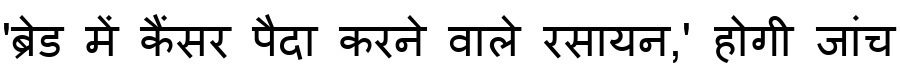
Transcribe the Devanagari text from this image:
'ब्रेड में कैंसर पैदा करने वाले रसायन,' होगी जांच